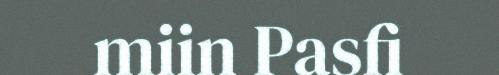
miin Pasfi